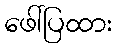
ဖေါ်ပြထား